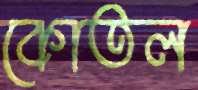
কোতল